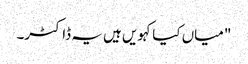
"میاں کیا کہویں ہیں یہ ڈاکٹر۔